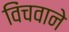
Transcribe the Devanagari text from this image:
विंचवाने